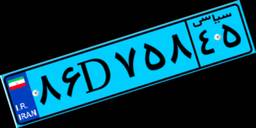
۸۶D۷۵۸۴۵